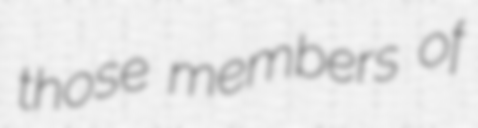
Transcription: those members of